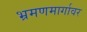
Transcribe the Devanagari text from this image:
भ्रमणमार्गावर